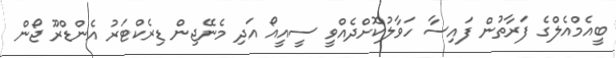
ބީއެމްއެލްގެ ފަރާތުން ފައިސާ ހަވާލުކޮށްދެއްވީ ސީއީއޯ އަދި މެނޭޖިން ޑިރެކްޓަރު އެންޑްރޫ ޖޯން